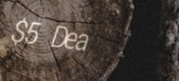
$5 Deal